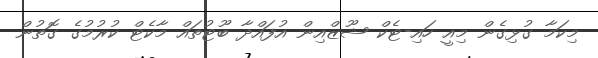
މިކަމާ ގުޅިގެން މިއީ ހައި-ޓެކް ޝޫޒްއިން އުފައްދާ ބޫޓުތައް މާކެޓް ކުރުމުގެ ގޮތުން